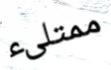
ممتلىء